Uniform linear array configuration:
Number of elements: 48
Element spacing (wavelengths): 0.75
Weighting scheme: uniform
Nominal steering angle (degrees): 60
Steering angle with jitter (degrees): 59.721
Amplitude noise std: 0.05
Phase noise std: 0.05

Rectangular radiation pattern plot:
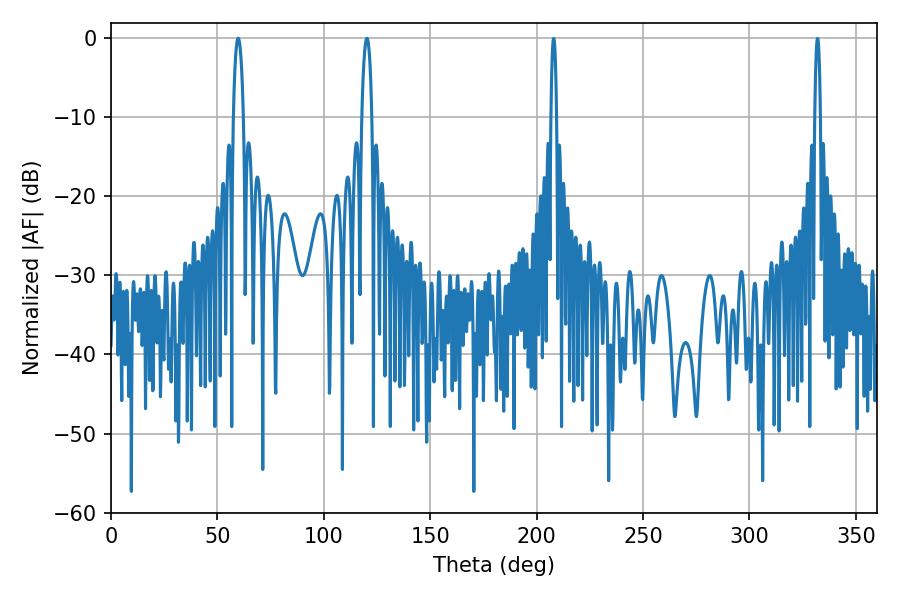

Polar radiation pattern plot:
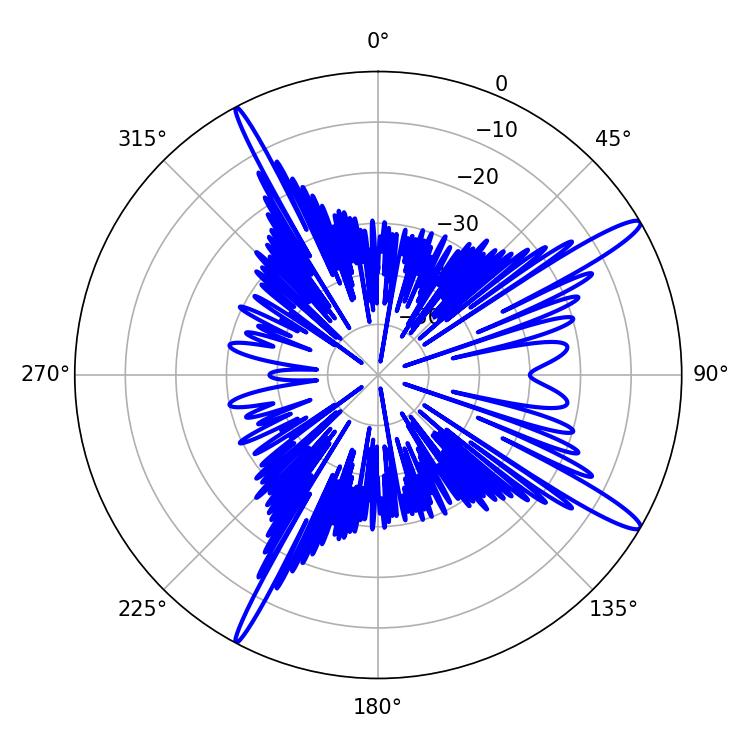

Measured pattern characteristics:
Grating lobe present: TRUE
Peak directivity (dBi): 14.803
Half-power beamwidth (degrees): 2.52
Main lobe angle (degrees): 59.76